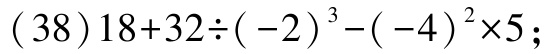
(38)\(18 + 32\div(-2)^{3}-(-4)^{2}\times5\);